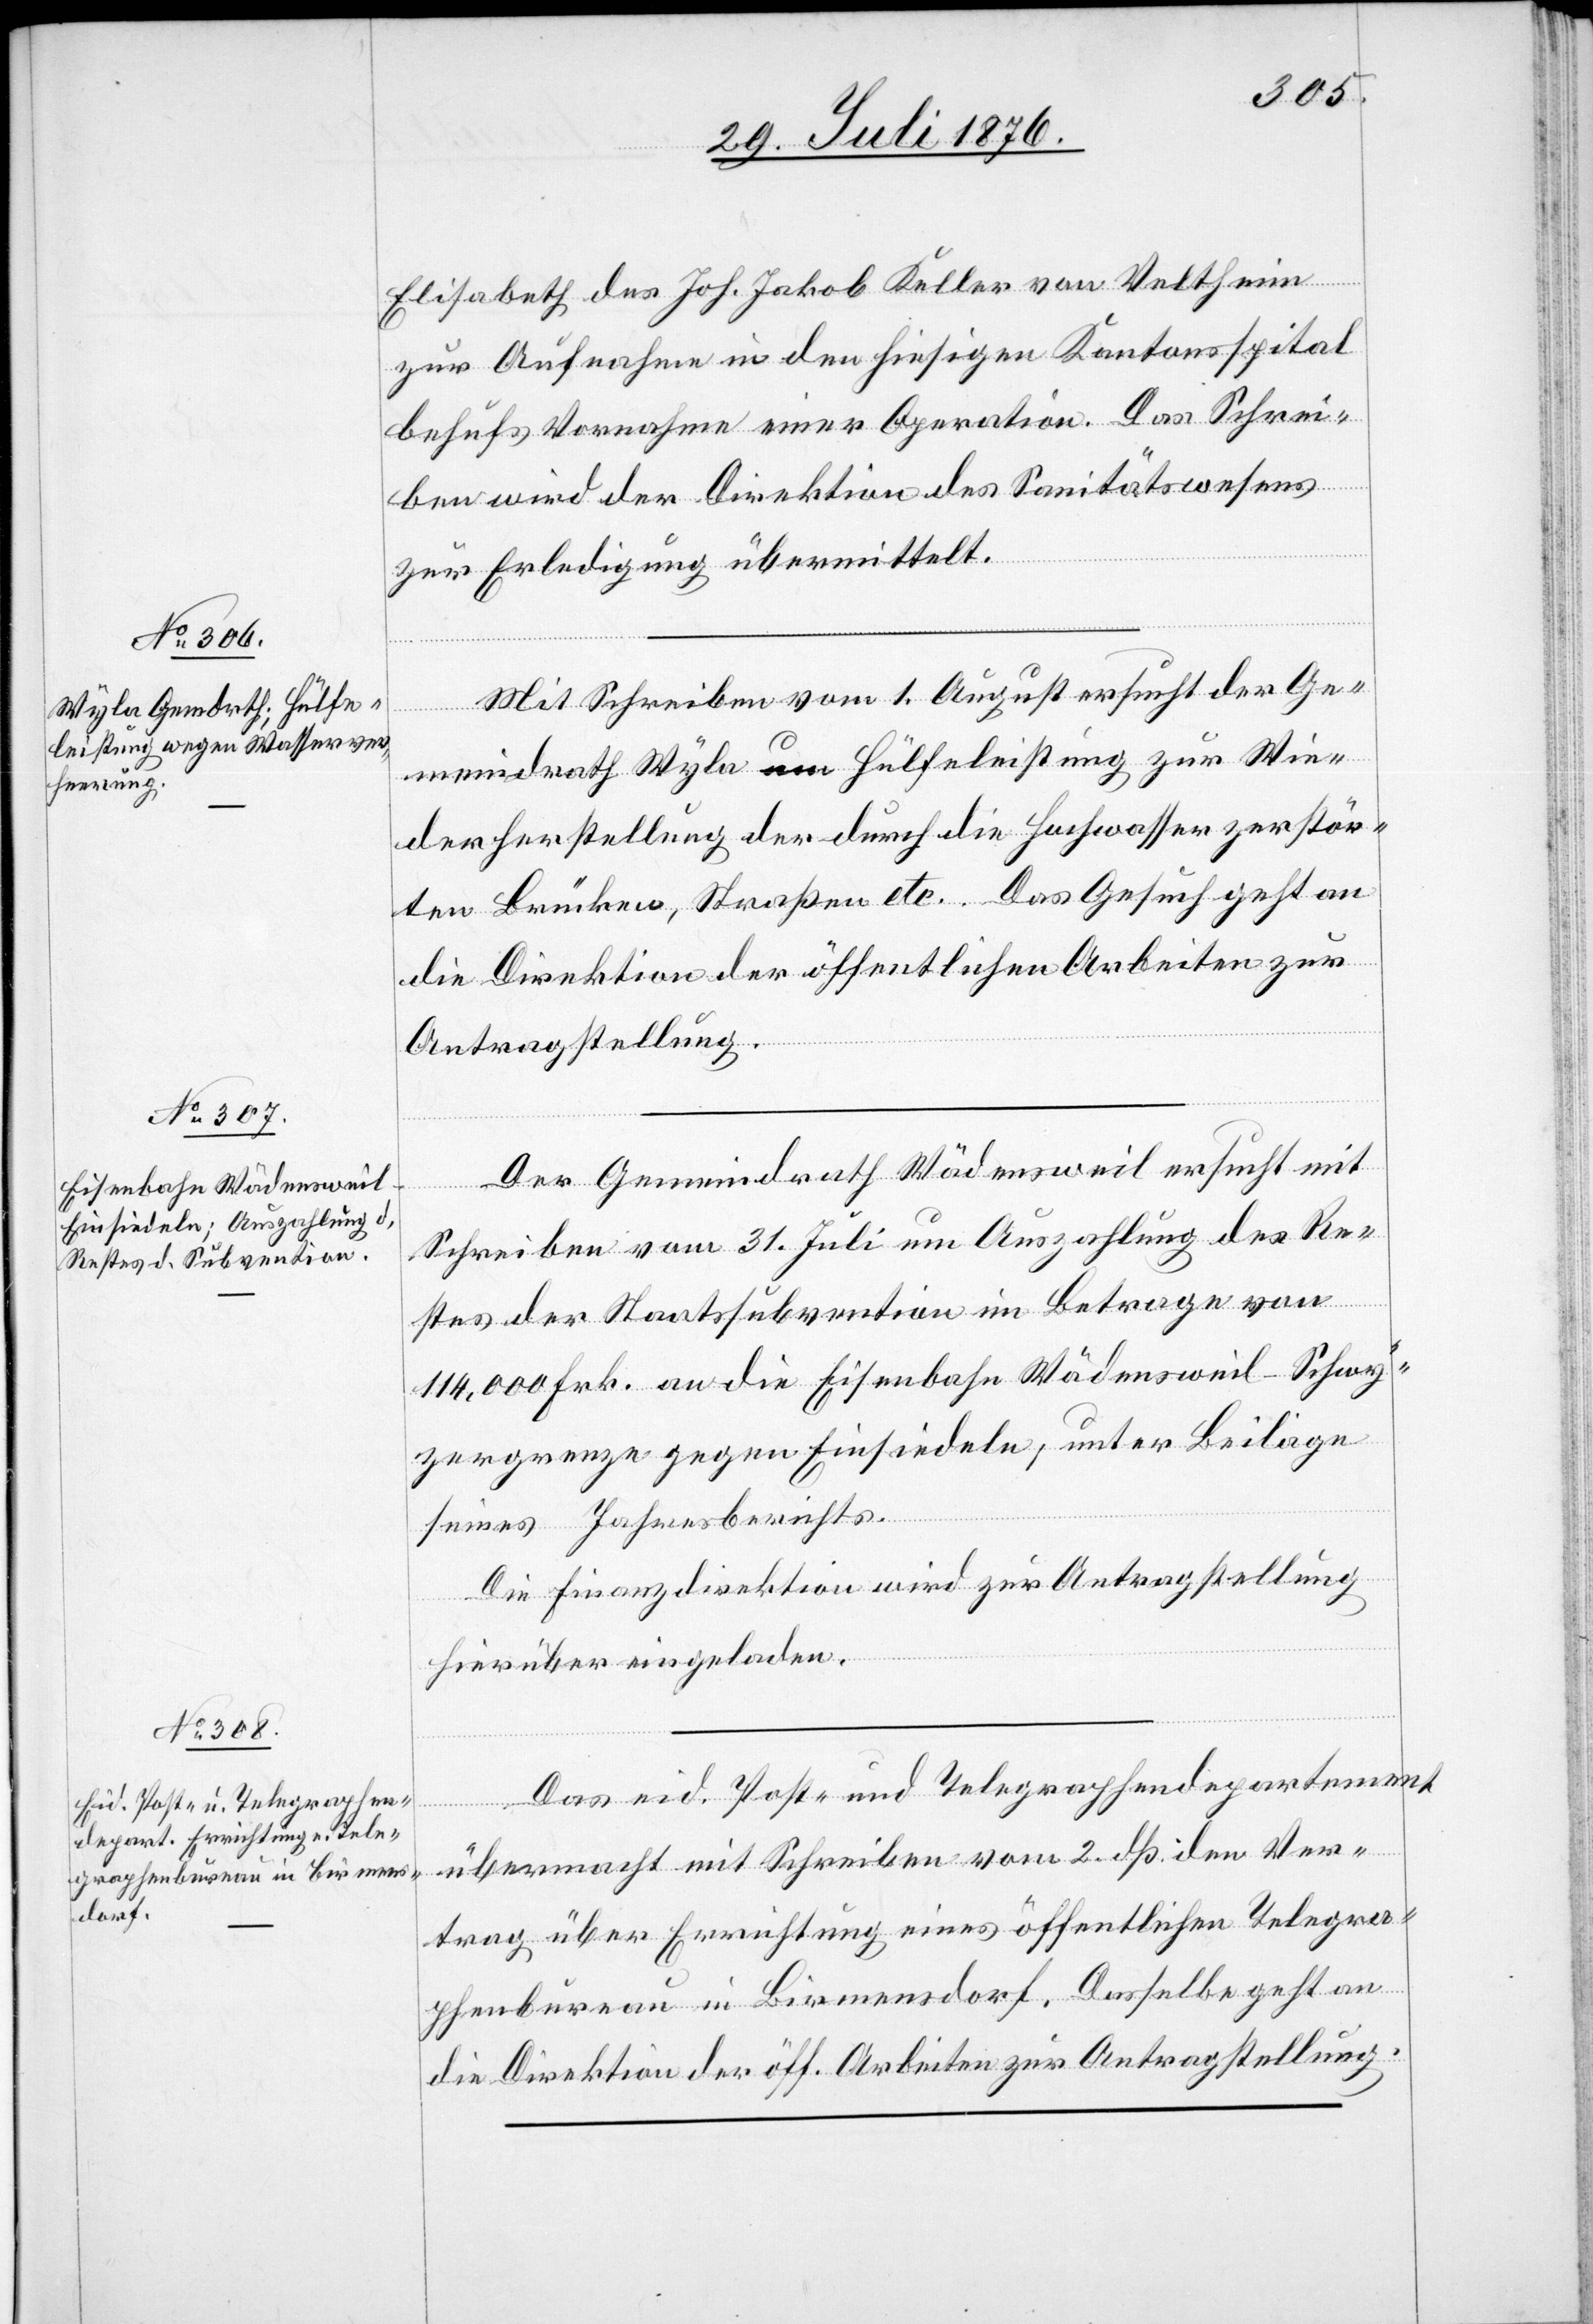
Elisabeth des Joh. Jakob Keller von Veltheim
zur Aufnahme in den hiesigen Kantonsspital
behufs Vornahme einer Operation. Das Schrei¬
ben wird der Direktion des Sanitätswesens
zur Erledigung übermittelt.
Mit Schreiben vom 1. August ersucht der Ge¬
meindrath Wyla um Hülfeleistung zur Wie¬
derherstellung der durch die Hochwasser zerstör¬
ten Brücken, Straßen etc. Das Gesuch geht an
die Direktion der öffentlichen Arbeiten zur
Antragstellung.
Der Gemeindrath Wädensweil ersucht mit
Schreiben vom 31. Juli um Auszahlung des Re¬
stes der Staatssubvention im Betrage von
114,000 Frk. an die Eisenbahn Wädensweil–Schwy¬
zergrenze gegen Einsiedeln, unter Beilage
seines Jahresberichts.
Die Finanzdirektion wird zur Antragstellung
hierüber eingeladen.
Das eid. Post- und Telegraphendepartement
übermacht mit Schreiben vom 2. dß. den Ver¬
trag über Errichtung eines öffentlichen Telegra¬
phenbureau in Birmensdorf. Dasselbe geht an
die Direktion der öff. Arbeiten zur Antragstellung.